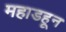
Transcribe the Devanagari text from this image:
महाडहून